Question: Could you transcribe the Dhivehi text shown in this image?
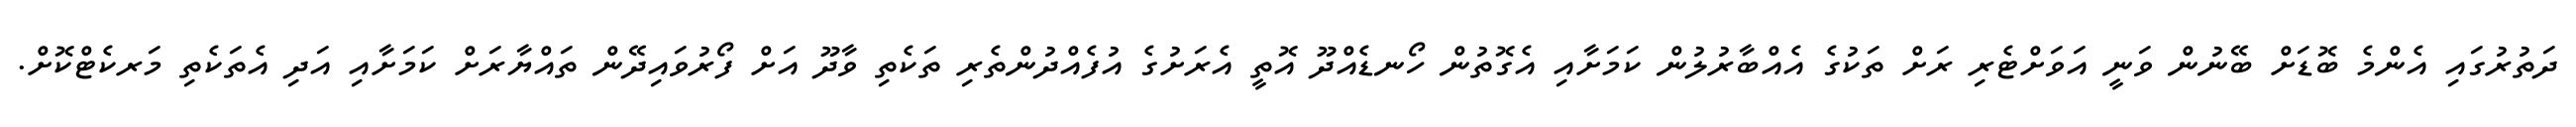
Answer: ދަތުރުގައި އެންމެ ބޮޑަށް ބޭނުން ވަނީ އަވަށްޓެރި ރަށް ތަކުގެ އެއްބާރުލުން ކަމަށާއި އެގޮތުން ހޯނޑެއްދޫ އޮތީ އެރަށުގެ އުފެއްދުންތެރި ތަކެތި ވާދޫ އަށް ފޯރުވައިދޭން ތައްޔާރަށް ކަމަށާއި އަދި އެތަކެތި މަރކެޓްކޮށް.